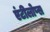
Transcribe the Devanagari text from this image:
एंटीलोप्स